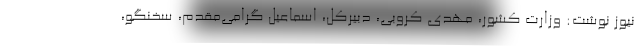
نیوز نوشت: وزارت کشور، مهدی کروبی، دبیرکل، اسماعیل گرامی‌مقدم، سخنگو،